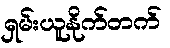
ရှမ်းယူနိုက်တက်